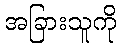
အခြားသူကို